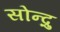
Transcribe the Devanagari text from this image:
सोन्द्रु